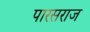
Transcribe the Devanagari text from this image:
पारसराज